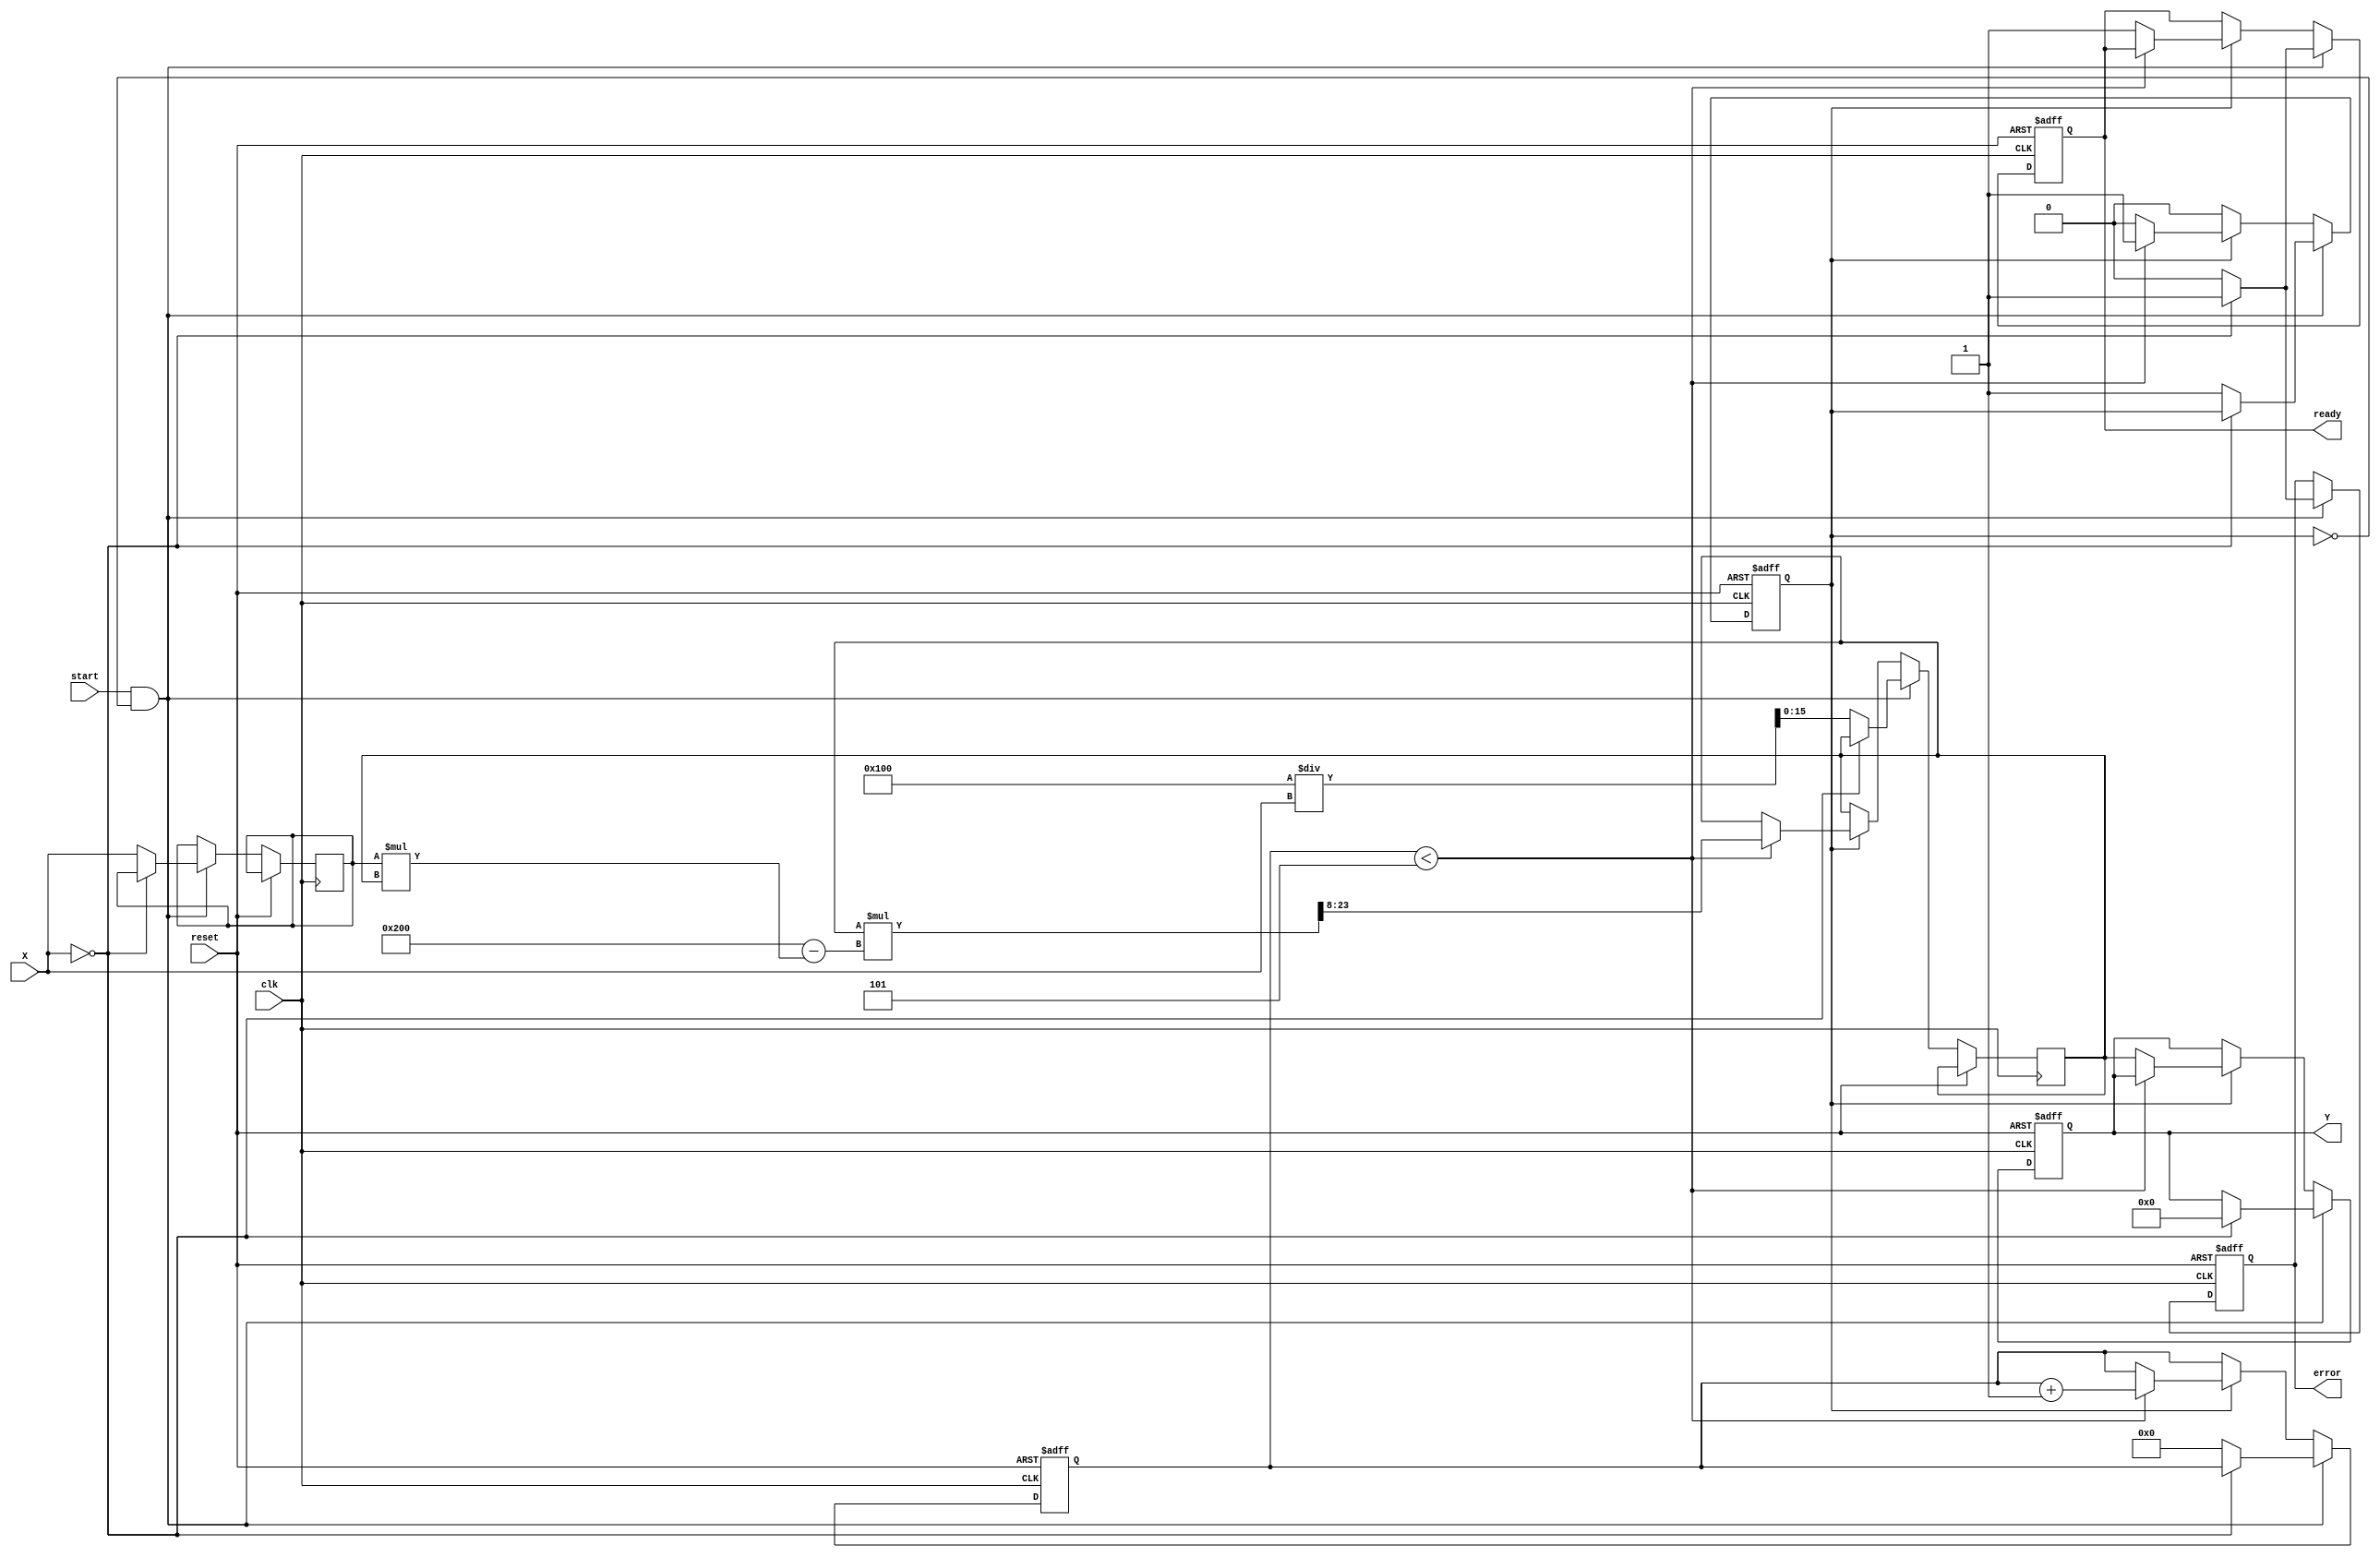
module fixed_point_reciprocal #(
    parameter N = 16,          // Input width
    parameter M = 16,          // Output width
    parameter FRACTIONAL_BITS = 8 // Number of fractional bits
)(
    input wire clk,            // Clock signal
    input wire reset,          // Reset signal
    input wire start,          // Start signal to initiate calculation
    input wire signed [N-1:0] X, // Input data (fixed-point)
    output reg signed [M-1:0] Y, // Output data (reciprocal)
    output reg ready,          // Ready signal indicating computation complete
    output reg error           // Error signal for division by zero
);

    // Internal parameters
    localparam MAX_ITERATIONS = 5; // Number of iterations for Newton-Raphson
    localparam FIXED_POINT_SCALE = (1 << FRACTIONAL_BITS); // Scale factor for fixed-point

    // Internal signals
    reg signed [N-1:0] x_reg;
    reg signed [M-1:0] approx;
    reg [3:0] iteration_count; // To count iterations
    reg computing;              // State to indicate if computation is ongoing

    // State machine for computation
    always @(posedge clk or posedge reset) begin
        if (reset) begin
            Y <= 0;
            ready <= 0;
            error <= 0;
            computing <= 0;
            iteration_count <= 0;
        end else if (start && !computing) begin
            // Check for division by zero
            if (X == 0) begin
                Y <= 0; // or predefined value
                error <= 1;
                ready <= 1;
            end else begin
                error <= 0;
                x_reg <= X;
                approx <= (1 << FRACTIONAL_BITS) / X; // Initial approximation
                iteration_count <= 0;
                computing <= 1;
                ready <= 0;
            end
        end else if (computing) begin
            if (iteration_count < MAX_ITERATIONS) begin
                // Newton-Raphson iteration
                approx <= approx * (2 * FIXED_POINT_SCALE - x_reg * approx) >> FRACTIONAL_BITS; // approx = approx * (2 - X * approx)
                iteration_count <= iteration_count + 1;
            end else begin
                Y <= approx; // Final result
                computing <= 0;
                ready <= 1; // Indicate computation is complete
            end
        end
    end

endmodule